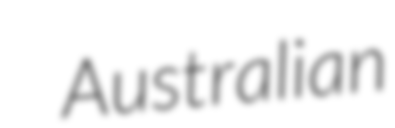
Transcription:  Australian